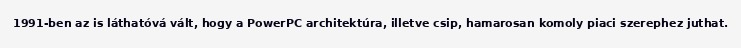
1991-ben az is láthatóvá vált, hogy a PowerPC architektúra, illetve csip, hamarosan komoly piaci szerephez juthat.